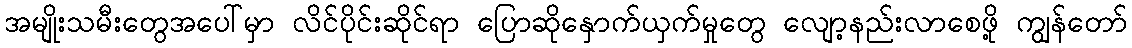
အမျိုးသမီးတွေအပေါ်မှာ လိင်ပိုင်းဆိုင်ရာ ပြောဆိုနှောက်ယှက်မှုတွေ လျော့နည်းလာစေဖို့ ကျွန်တော်